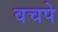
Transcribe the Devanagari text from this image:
वचपे